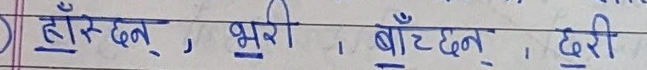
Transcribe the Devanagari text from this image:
हाँस्छन्, भूरि, बाँटछन्, दरी